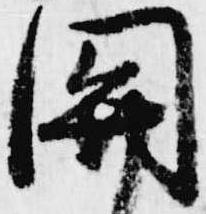
関